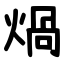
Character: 煱